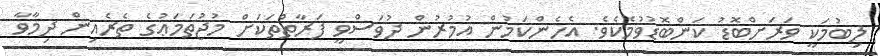
ލިބުމަކީ ވަރަށްބޮޑު ކަންބޮޑުވުމެކެވެ. އެހެންކަމުން އުމުރުން ދުވަސްވީ ފަރާތްތަކަށް މުޖުތަމަޢުގެ ތެރެއިން ދިމާވާ